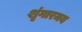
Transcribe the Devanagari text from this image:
शृंगारमय